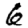
Digit: 6